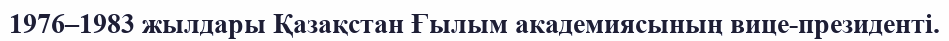
1976–1983 жылдары Қазақстан Ғылым академиясының вице-президенті.